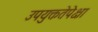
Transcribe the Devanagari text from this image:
उपयुक्ततेपेक्षा